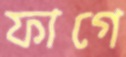
ফাগে